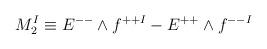
LaTeX: \begin{align*}M^I_2 \equiv E^{--} \wedge f^{++I} - E^{++} \wedge f^{--I}\end{align*}